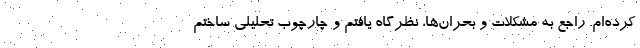
کرده‌ام. راجع به مشکلات و بحران‌ها، نظرگاه یافتم و چارچوب تحلیلی ساختم